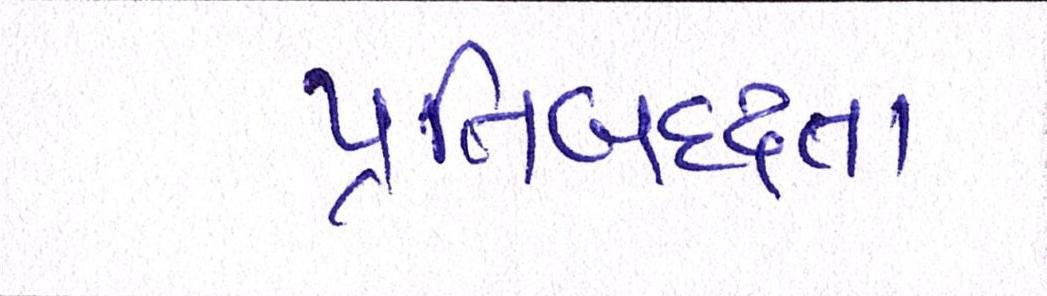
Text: પ્રતિબદ્ધતા